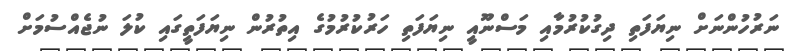
ނަރުހުންނަށް ނިޔަފަތި ދިގުކުރުމާއި މަސްނޫއީ ނިޔަފަތި ހަރުކުރުމުގެ އިތުރުން ނިޔަފަތީގައި ކުލަ ނުޖެއްސުމަށް